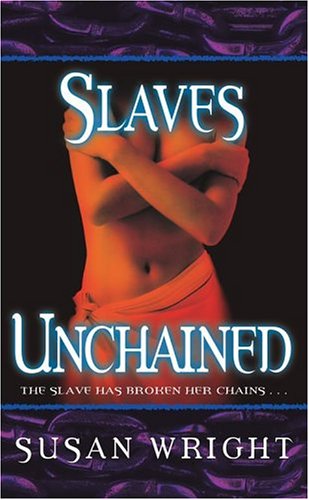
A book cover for Slaves Unchained (Slave Trade); Susan Wright; Romance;